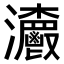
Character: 𤅨